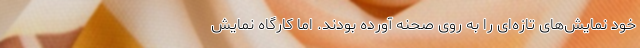
خود نمایش‌های تازه‌ای را به روی صحنه آورده بودند. اما کارگاه نمایش